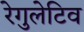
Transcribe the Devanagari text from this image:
रेगुलेटिव